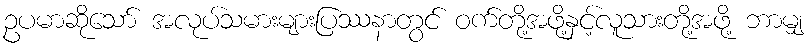
ဥပမာဆိုသော် အလုပ်သမားများပြဿနာတွင် ဝက်တို့အဖို့နှင့်လူသားတို့အဖို့ ဘာမျှ